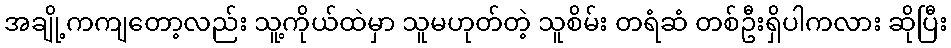
အချို့ကကျတော့လည်း သူ့ကိုယ်ထဲမှာ သူမဟုတ်တဲ့ သူစိမ်း တရံဆံ တစ်ဦးရှိပါကလား ဆိုပြီး